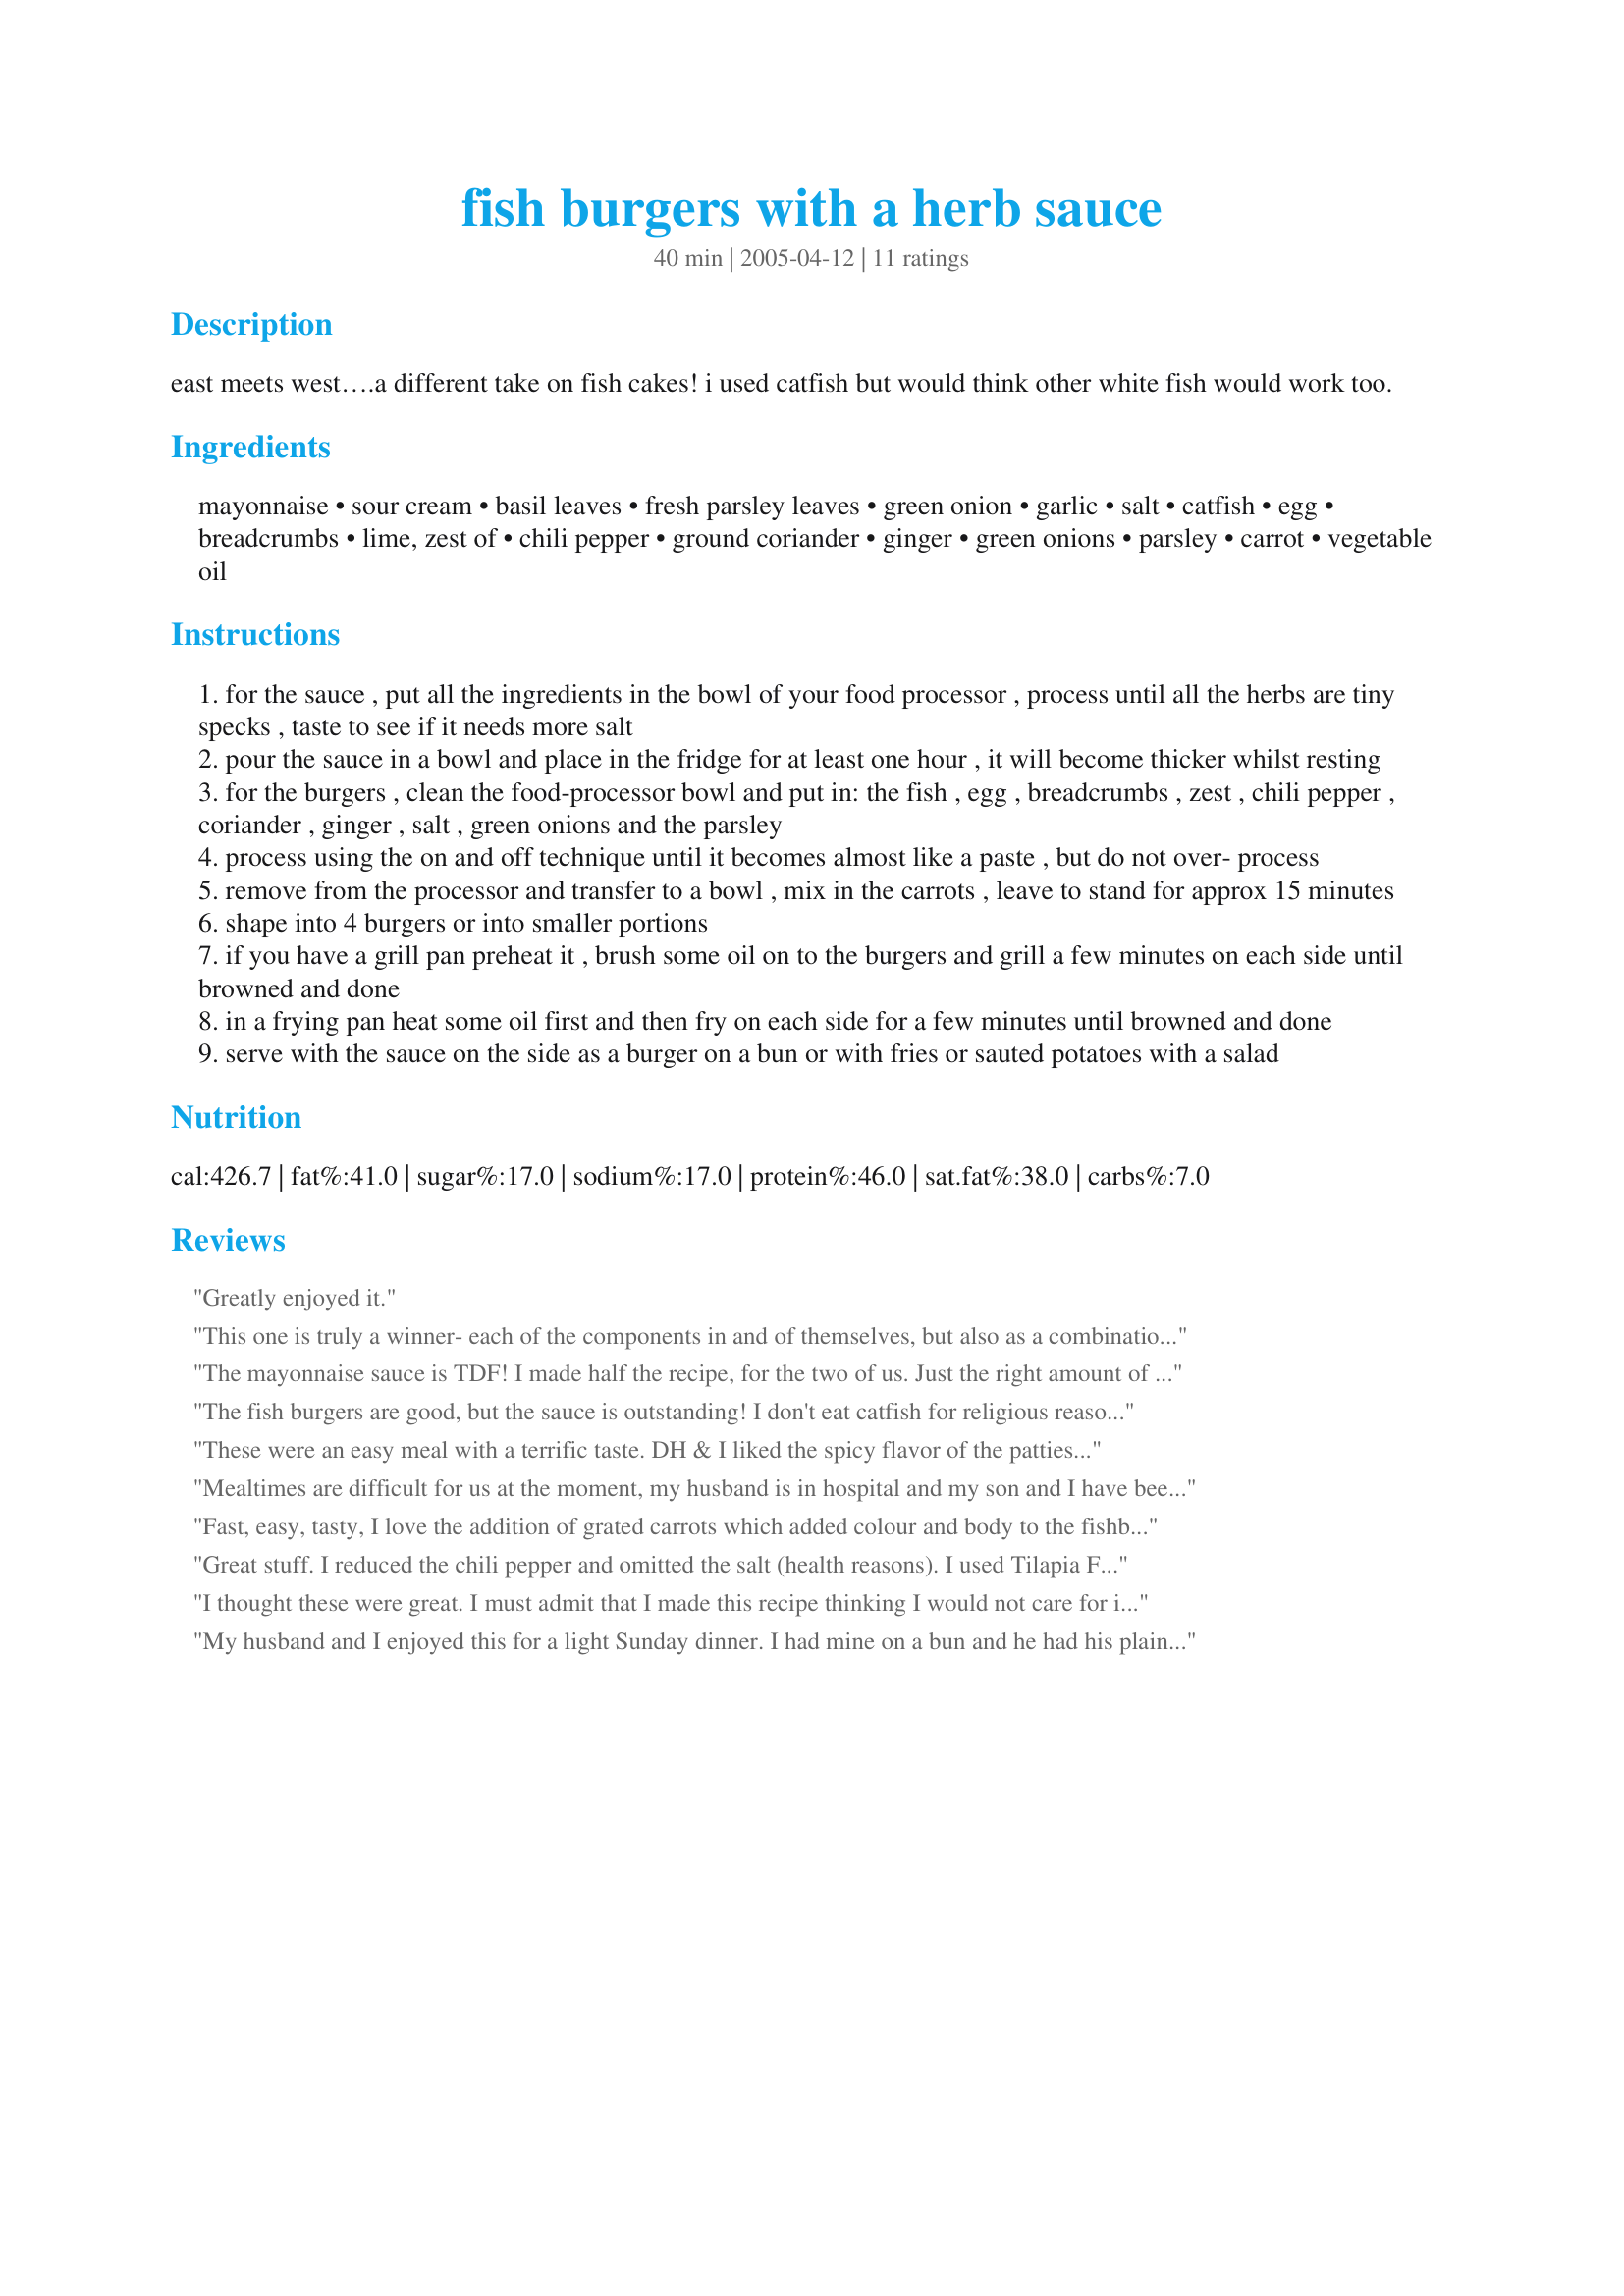
fish burgers with a herb sauce
Preparation time: 40 minutes

east meets west….a different take on fish cakes! i used catfish but would think other white fish would work too.

Ingredients:
mayonnaise, sour cream, basil leaves, fresh parsley leaves, green onion, garlic, salt, catfish, egg, breadcrumbs, lime, zest of, chili pepper, ground coriander, ginger, green onions, parsley, carrot, vegetable oil

Steps:
for the sauce , put all the ingredients in the bowl of your food processor , process until all the herbs are tiny specks , taste to see if it needs more salt
pour the sauce in a bowl and place in the fridge for at least one hour , it will become thicker whilst resting
for the burgers , clean the food-processor bowl and put in: the fish , egg , breadcrumbs , zest , chili pepper , coriander , ginger , salt , green onions and the parsley
process using the on and off technique until it becomes almost like a paste , but do not over- process
remove from the processor and transfer to a bowl , mix in the carrots , leave to stand for approx 15 minutes
shape into 4 burgers or into smaller portions
if you have a grill pan preheat it , brush some oil on to the burgers and grill a few minutes on each side until browned and done
in a frying pan heat some oil first and then fry on each side for a few minutes until browned and done
serve with the sauce on the side as a burger on a bun or with fries or sauted potatoes with a salad

Reviews:
Greatly enjoyed it.
This one is truly a winner- each of the components in and of themselves, but also as a combination. Think the sauce would be lovely as a salad dressing, as well. Loved the sophisticated flavors, textures, etc. Did use the entire chili pepper, seeds and all and was just spicy enough for us. Thanks for posting, Annelies!
The mayonnaise sauce is TDF! I made half the recipe, for the two of us. Just the right amount of herbs and do NOT omit the garlic. I used about 1/2 tsp of salt and yogurt instead of sour cream. My supermarket didn't have any catfish, so I used dory fillet instead. I used fresh crumbs from 1 slice of WW bread. I also didn't use the carrots - I thought it would taste weird and the fish cakes formed nicely without the carrots. I chilled the two fish cakes for 1 hour before pan frying them in a skillet. They were slightly soft, I needed a spoon and pancake turner to turn them over. I served them with WW bread cut into rounds using wine glass, buttered and toasted and oven fries. The herb mayo put these burgers over the top!! Thanks for the recipe!
The fish burgers are good, but the sauce is outstanding! I don't eat catfish for religious reasons, so I substituted tuna steaks instead and ground them up in the food processor. Instead of grating the carrots I just tossed them into the food processor with the fish, it makes a nice, moist burger. I fried the fish burgers in butter (yum!). But it's the sauce that really makes the dish, don't serve these babies wihout the sauce.
These were an easy meal with a terrific taste. DH & I liked the spicy flavor of the patties. The ginger & chili pepper were great additions. I did add 1/2 cup more breadcrumbs as I felt the fish mixture was a little too wet to fry. I did make the whole recipe for the sauce, but had over half of it left. I will use this recipe the next time I make tuna patties. Great job!
Mealtimes are difficult for us at the moment, my husband is in hospital and my son and I have been just grabbing something quick and easy at around 8-9 at night, I was reading through the RSC recipes this morning and came across this recipe, I thought this would be easy to put together in the afternoon and finish off when we got home from the hospital. It went so according to that plan and we were drooling with the smells of the burgers cooking.
I had to sub the catfish (cant buy it in NZ) for blue cod other than that followed the recipe to a T, the lime zest and the chili flavourings were divine, I grilled the burger buns and added a leaf of lettuce, placed the burger on top and spread with the herb sauce. This was so delicious that I will add to my very favourite zaar recipes and when my husband is home will make it for him, I know he'll love them as much as we did. 10 stars if I could!
Fast, easy, tasty, I love the addition of grated carrots which added colour and body to the fishburger. It did not fall apart during the cooking process. I also appreciate the minimal usage of sodium products. When the fishburgers had been eaten, the left over sauce was used for dipping... Excellent quick lunch, served with rice pilaf and cole slaw... Thank you for this quick, tasty recipe; I shall add this to my cook book for future use.
Great stuff. I reduced the chili pepper and omitted the salt (health reasons). I used Tilapia Fish and pan-fried. I have no oven.
The sauce will be a staple for all my fish dishes in the future.
I thought these were great. I must admit that I made this recipe thinking I would not care for it but my husband requested fish burgers so I gave it a shot. I used cod as catfish was unavailable. The only other change I made was subbing fresh dill for basil in the sauce. The sauce greatly complimented the burgers. Will make again. Thanks for the recipe.!
My husband and I enjoyed this for a light Sunday dinner. I had mine on a bun and he had his plain with a side of the sauce. I used mahi mahi for the fish.Thanks for posting!
What a wonderful blend of flavors. I used fresh basil and dry parsley in the sauce. Great sauce by itself, I think the amount cauld be cut in half. I misread the zest of 1 lime and added Juice of 1lime. The mixture was too loose to fry so I baked them at 400 for 15 minutes. Served the burgers and sauce on 6 grain rolls with a green salad. It's a definate keeper.
